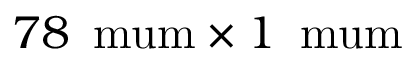
7 8 \, \mathrm { \ m u m } \times 1 \, \mathrm { \ m u m }